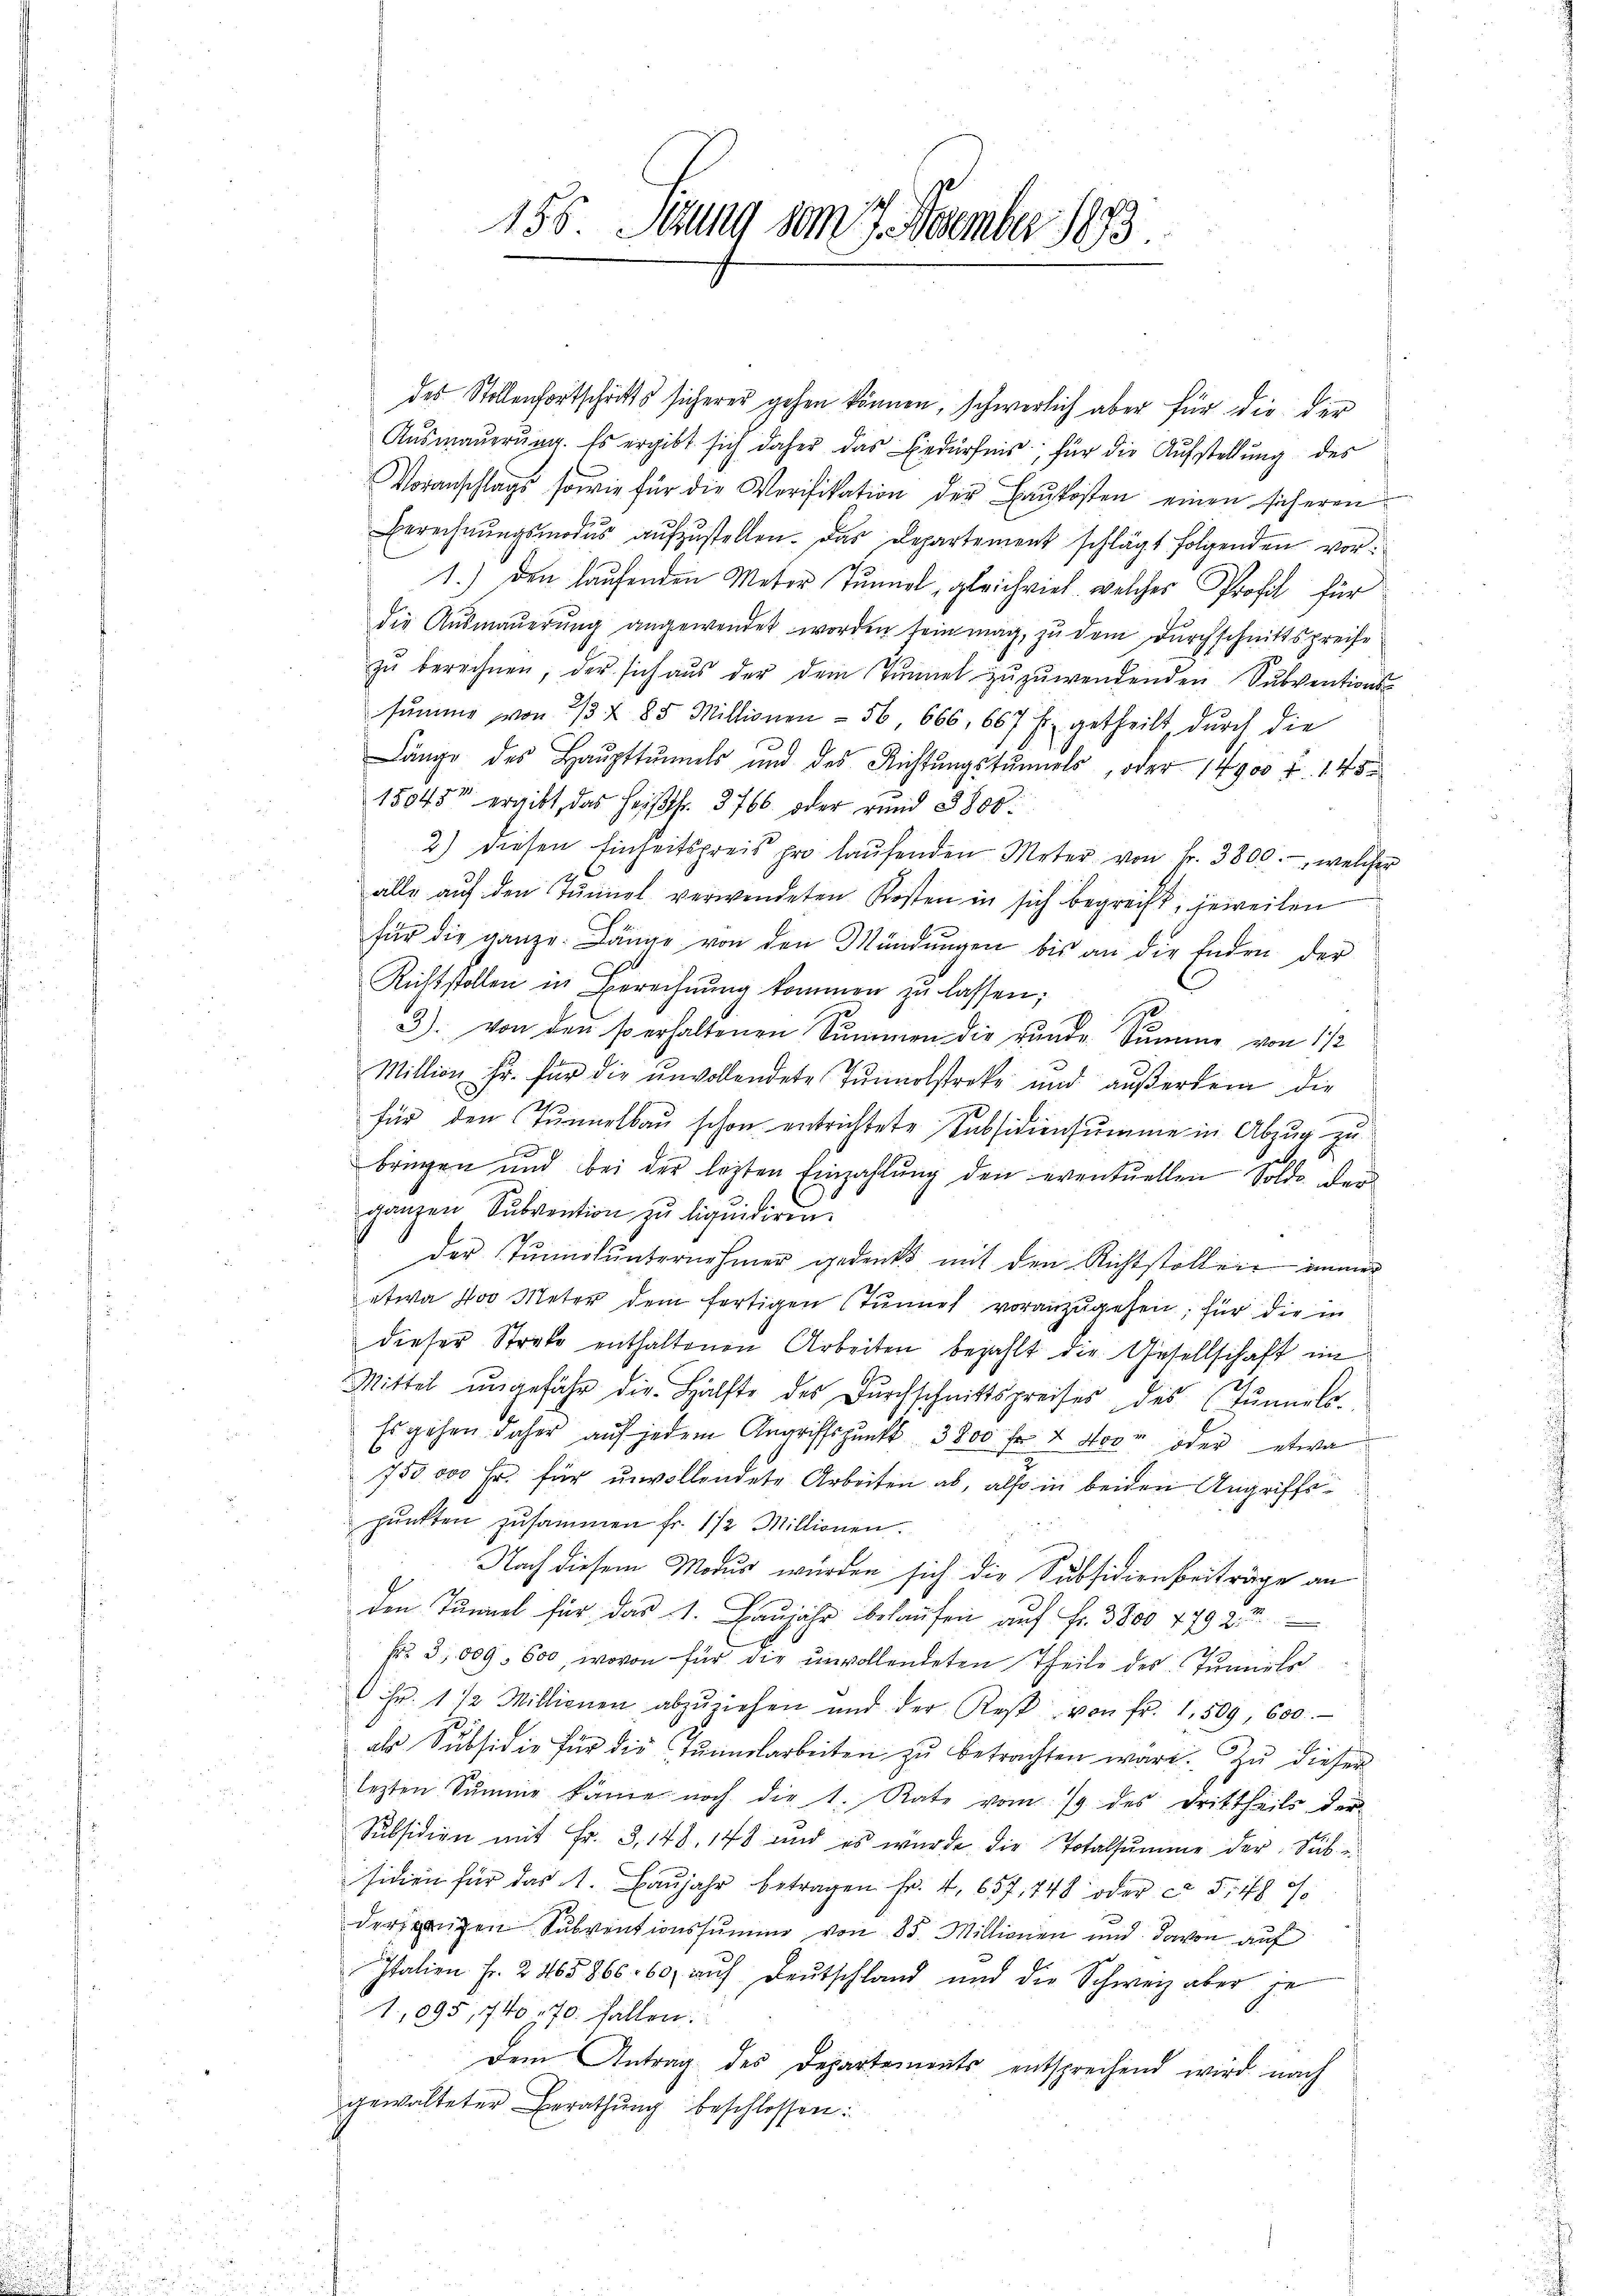
156. Stung vom 7. November 1893.

des Stellenfortschritts sicherer gehen können, schwerlich aber für die der
Ausmauerung. Es ergibt sich daher das Bedürfnis, für die Aufstellung des
Voranschlags sowie für die Verifikation der Baukosten einen sicheren
Berechnŭngsmodus aufzustellen. Das Departement schlägt folgenden vor¬
1.) den laufenden Meter Tunnel, gleichviel, welches Profil für
die Ausmaŭerŭng angewendet worden sein mag, zu dem Durchschnittspreise
zŭ berechnen, der sich aŭs der dem Tunnel zŭzŭwendenden Subventions-
summe von 2/3 & 85 Millionen - 56, 666, 667 f. getheilt durch die
Länge des Haŭpttŭnels und des Richtŭngstŭnnels, oder 14900 f. 145
15045 ergibt, das heiβfr. 3766. oder rund § 800.
2) diesen Einheitspreis pro laŭfenden Meter von Fr. 3800.- welcher
alle auf den Tunnel verwendeten Kosten in sich begreift, jeweilen
für die ganze Länge von den Mündŭngen bis an die Enden der
Richtstollen in Berechnung kommen zu lassen;
s
3) von den so erhaltenen Summen die runde Summe von 1/2
Million hr. für die unvollendete Tunnelstreke und außerdem die
für den Tunnelbau schon entrichtete Subsidiensumme in Abzug zu
f
bringen und bei der lezten Einzahlŭng den eventuellen Solde der
ganzen Subvention zu liquidiren.
der Tunnerunternehmer gedenkt mit den Richtstoller immer
etwa 100 Meter dem fertigen Tunnel voranzugehen; für die in
dieser Streke enthaltenen Arbeiten bezahlt die Gesellschaft im
Mittel ungefähr die Hälfte des Durchschnittspreises des Tunnels.
Es gehen daher auf jedem Angriffspunkt 3800 fr 4 Moor oder etwa
750 000 Fr. für unvollendete Arbeiten ab, also in beiden Angriffs
pŭnkten zusammen fr. 1/2 Millionen.
Nach diesem Modus wurden sich die Subsidienbeiträge an
den Tunnel für das 1. Haujahr belaufen auf Fr. 3800 7792
Nr. 3009. 600, wovon für die unvollendeten Theile des Tunnels
0 Fr. 1 1/2 Millionen abzŭziehen und der Rest von fr. 1. 509, 600.
als Subsidie für die Tunnelarbeiten zu betrachten wäre. Zu dieser
lezten Summe käme noch die 1. Rate vom 19. des Drittheils der
Subsidien mit Fr. 3, 148, 148 und es wurde die Totalsumme der Sibe
siden für das 1. Baŭjahr betragen Fr. 4, 657, 748 oder ca 5. 18 J.
derputzen Subventionssumme von 85. Millionen und davon auf
Italien Fr. 2465866 60 auf Deutschland und die Schweiz aber je
1,095, 740 70. fällen.
Dem Antrag des Departements entsprechend wird nach
gewalteter Berathung beschlossen: